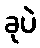
ခုပဲ